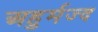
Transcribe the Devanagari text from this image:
अहुर्मज्द